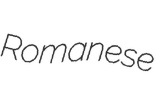
Romanese